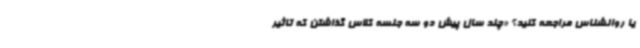
یا روانشناس مراجعه کنید؟ «چند سال پیش دو سه جلسه کلاس گذاشتن که تاثیر